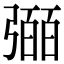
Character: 𢐤